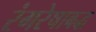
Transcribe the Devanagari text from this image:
रंगरेषाबद्ध